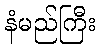
နံမည်ကြီး